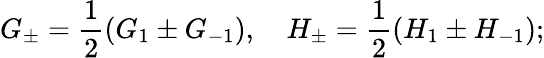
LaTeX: G_{\pm}=\frac{1}{2}(G_{1}\pm G_{-1}),\quad H_{\pm}=\frac{1}{2}(H_{1}\pm H_{-1});